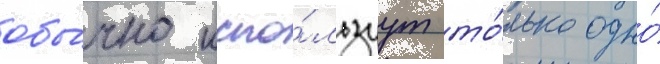
обы́чно испо́льзуут то́лько одно́